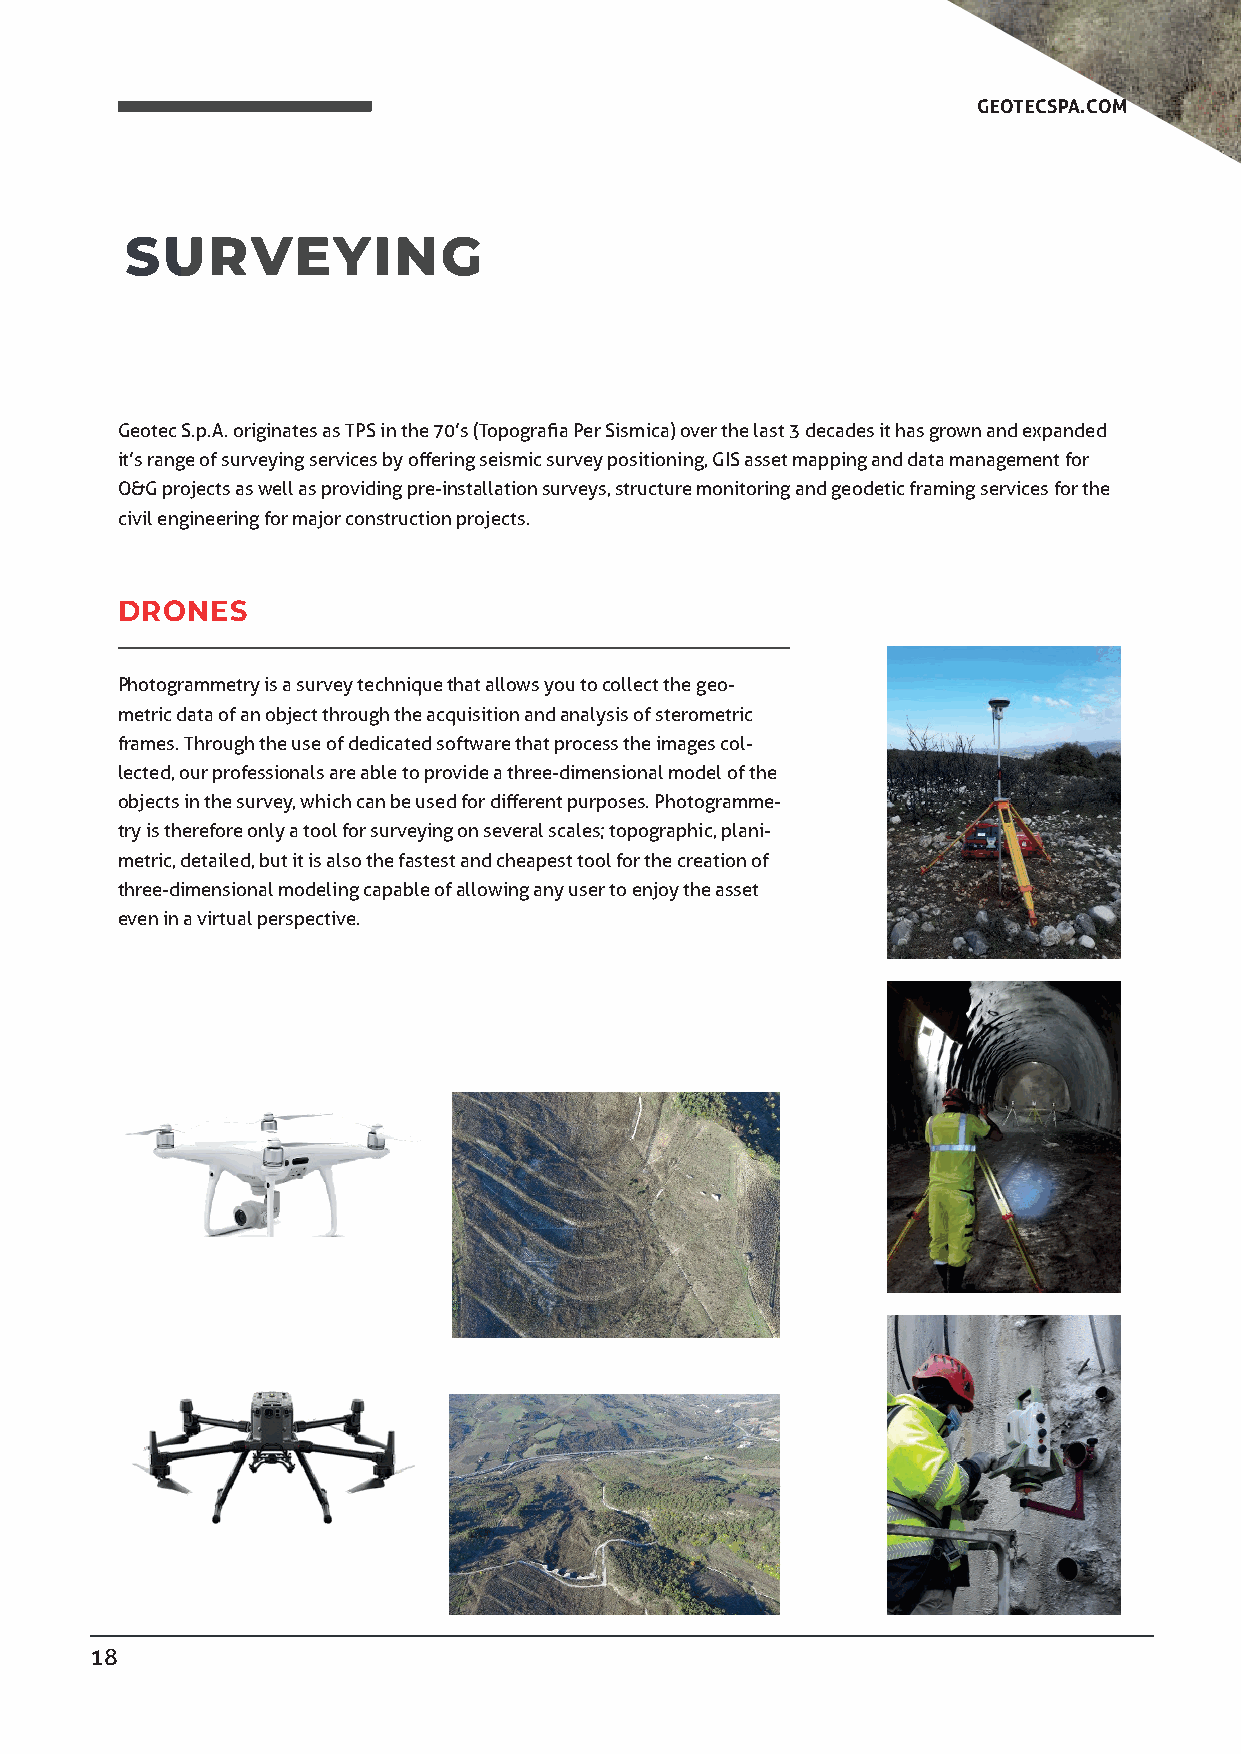
GEOTECSPA.COM
 SURVEYING
 Geotec S.p.A. originates as TPS in the 70’s (Topografi a Per Sismica) over the last 3 decades it has grown and expanded
 it’s range of surveying services by off ering seismic survey positioning, GIS asset mapping and data management for
 O&G projects as well as providing pre-installation surveys, structure monitoring and geodetic framing services for the
 civil engineering for major construction projects.
 DRONES
 Photogrammetry is a survey technique that allows you to collect the geo-
 metric data of an object through the acquisition and analysis of sterometric
 frames. Through the use of dedicated software that process the images col-
 lected, our professionals are able to provide a three-dimensional model of the
 objects in the survey, which can be used for diff erent purposes. Photogramme-
 try is therefore only a tool for surveying on several scales; topographic, plani-
 metric, detailed, but it is also the fastest and cheapest tool for the creation of
 three-dimensional modeling capable of allowing any user to enjoy the asset
 even in a virtual perspective.
 18